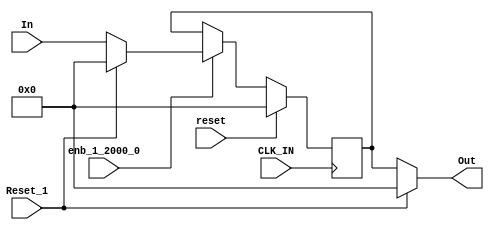
// -------------------------------------------------------------
// 
// 
// Generated by MATLAB 8.2 and HDL Coder 3.3
// 
// -------------------------------------------------------------


// -------------------------------------------------------------
// 
// Module: velocityControlHdl_Reset_Delay_block
// Source Path: velocityControlHdl/Control_DQ_Currents/Control_Current1/Reset_Delay
// Hierarchy Level: 6
// 
// -------------------------------------------------------------

`timescale 1 ns / 1 ns

module velocityControlHdl_Reset_Delay_block
          (
           CLK_IN,
           reset,
           enb_1_2000_0,
           Reset_1,
           In,
           Out
          );


  input   CLK_IN;
  input   reset;
  input   enb_1_2000_0;
  input   Reset_1;
  input   signed [31:0] In;  // sfix32_En26
  output  signed [31:0] Out;  // sfix32_En26


  wire signed [31:0] Constant1_out1;  // sfix32_En26
  wire signed [31:0] Reset_Switch1_out1;  // sfix32_En26
  reg signed [31:0] In_Delay_out1;  // sfix32_En26
  wire signed [31:0] Constant_out1;  // sfix32_En26
  wire signed [31:0] Reset_Switch_out1;  // sfix32_En26


  // <S21>/Constant1
  assign Constant1_out1 = 32'sb00000000000000000000000000000000;



  // <S21>/Reset_Switch1
  assign Reset_Switch1_out1 = (Reset_1 == 1'b0 ? In :
              Constant1_out1);



  // <S21>/In_Delay
  always @(posedge CLK_IN)
    begin : In_Delay_process
      if (reset == 1'b1) begin
        In_Delay_out1 <= 32'sb00000000000000000000000000000000;
      end
      else if (enb_1_2000_0) begin
        In_Delay_out1 <= Reset_Switch1_out1;
      end
    end



  // <S21>/Constant
  assign Constant_out1 = 32'sb00000000000000000000000000000000;



  // <S21>/Reset_Switch
  assign Reset_Switch_out1 = (Reset_1 == 1'b0 ? In_Delay_out1 :
              Constant_out1);



  assign Out = Reset_Switch_out1;

endmodule  // velocityControlHdl_Reset_Delay_block